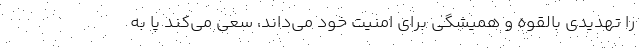
را تهدیدی بالقوه و همیشگی برای امنیت خود می‌داند، سعی می‌کند پا به